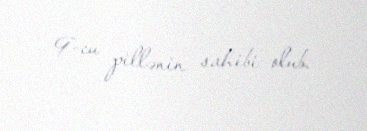
9-cu pillənin sahibi olub.